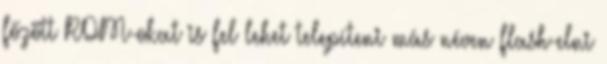
főzött ROM-okat is fel lehet telepíteni más néven flash-elni